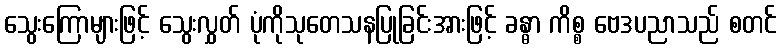
သွေးကြောများဖြင့် သွေးလွှတ် ပုံကိုသုတေသနပြုခြင်းအားဖြင့် ခန္ဓာ ကိစ္စ ဗေဒပညာသည် စတင်